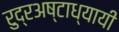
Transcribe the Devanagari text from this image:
रुद्रअष्‍टाध्‍यायी